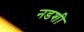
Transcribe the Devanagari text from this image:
नडशी